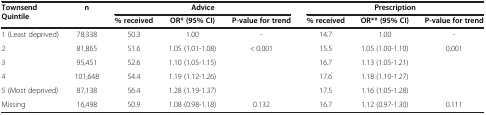
<table><thead><tr><td rowspan="2"><b>Townsend Quintile</b></td><td rowspan="2"><b>n</b></td><td colspan="3"><b>Advice</b></td><td colspan="3"><b>Prescription</b></td></tr><tr><td><b>% received</b></td><td><b>OR* (95% CI)</b></td><td><b>P-value for trend</b></td><td><b>% received</b></td><td><b>OR** (95% CI)</b></td><td><b>P-value for trend</b></td></tr></thead><tbody><tr><td>1 (Least deprived)</td><td>78,338</td><td>50.3</td><td>1.00</td><td>-</td><td>14.7</td><td>1.00</td><td>-</td></tr><tr><td>2</td><td>81,865</td><td>51.6</td><td>1.05 (1.01-1.08)</td><td rowspan="4">&lt; 0.001</td><td>15.5</td><td>1.05 (1.00-1.10)</td><td rowspan="4">0.001</td></tr><tr><td>3</td><td>95,451</td><td>52.6</td><td>1.10 (1.05-1.15)</td><td>16.7</td><td>1.13 (1.05-1.21)</td></tr><tr><td>4</td><td>101,648</td><td>54.4</td><td>1.19 (1.12-1.26)</td><td>17.6</td><td>1.18 (1.10-1.27)</td></tr><tr><td>5 (Most deprived)</td><td>87,138</td><td>56.4</td><td>1.28 (1.19-1.37)</td><td>17.5</td><td>1.16 (1.05-1.28)</td></tr><tr><td>Missing</td><td>16,498</td><td>50.9</td><td>1.08 (0.98-1.18)</td><td>0.132</td><td>16.7</td><td>1.12 (0.97-1.30)</td><td>0.111</td></tr></tbody></table>